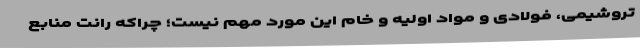
تروشیمی، فولادی و مواد اولیه و خام این مورد مهم نیست؛ چراکه رانت منابع